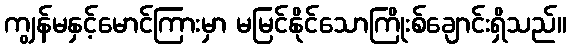
ကျွန်မနှင့်မောင်ကြားမှာ မမြင်နိုင်သောကြိုးစ်ချောင်းရှိသည်။